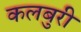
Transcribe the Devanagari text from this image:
कलबुरी